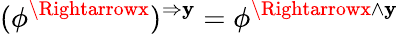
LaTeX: (\phi^{\Rightarrowx})^{\Rightarrow\mathbf{y}}=\phi^{\Rightarrowx\wedge\mathbf{y}}